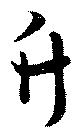
竹